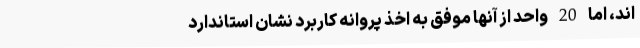
اند، اما 20 واحد از آنها موفق به اخذ پروانه کاربرد نشان استاندارد